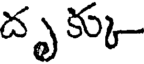
దృక్కు-